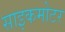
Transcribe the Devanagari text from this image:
साइकमोटर